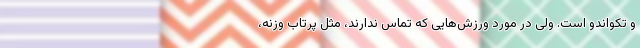
و تکواندو است. ولی در مورد ورزش‌هایی که تماس ندارند، مثل پرتاب وزنه،